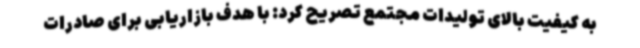
به کیفیت بالای تولیدات مجتمع تصریح کرد: با هدف بازاریابی برای صادرات